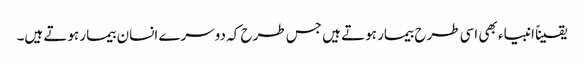
یقیناً انبیاء بھی اسی طرح بیمار ہوتے ہیں جس طرح کہ دوسرے انسان بیمار ہوتے ہیں۔